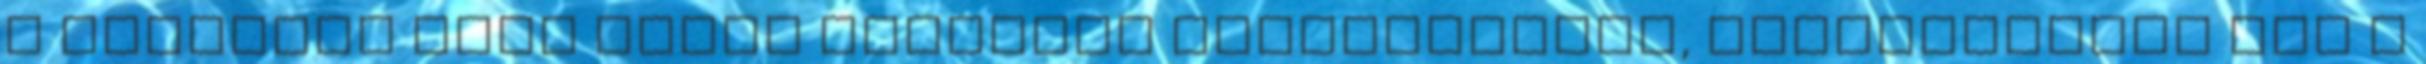
a rendszer vagy egyes részének viselkedését, meghatározza azt a